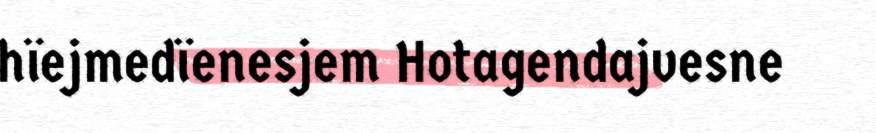
hïejmedïenesjem Hotagendajvesne